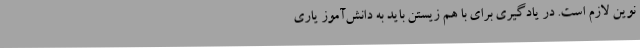
نوین لازم است. در یادگیری برای با هم زیستن باید به دانش‌آموز یاری